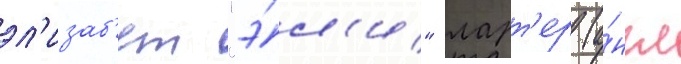
эл'изаб'ет "э́л'и" ларт'ер (а́нгл